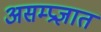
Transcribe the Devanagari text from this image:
असम्प्रज्ञात